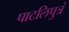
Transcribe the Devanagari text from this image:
पाटलिपुत्रं